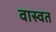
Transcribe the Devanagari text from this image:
वास्वत